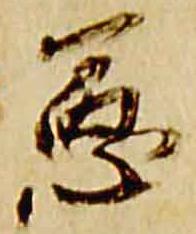
憲